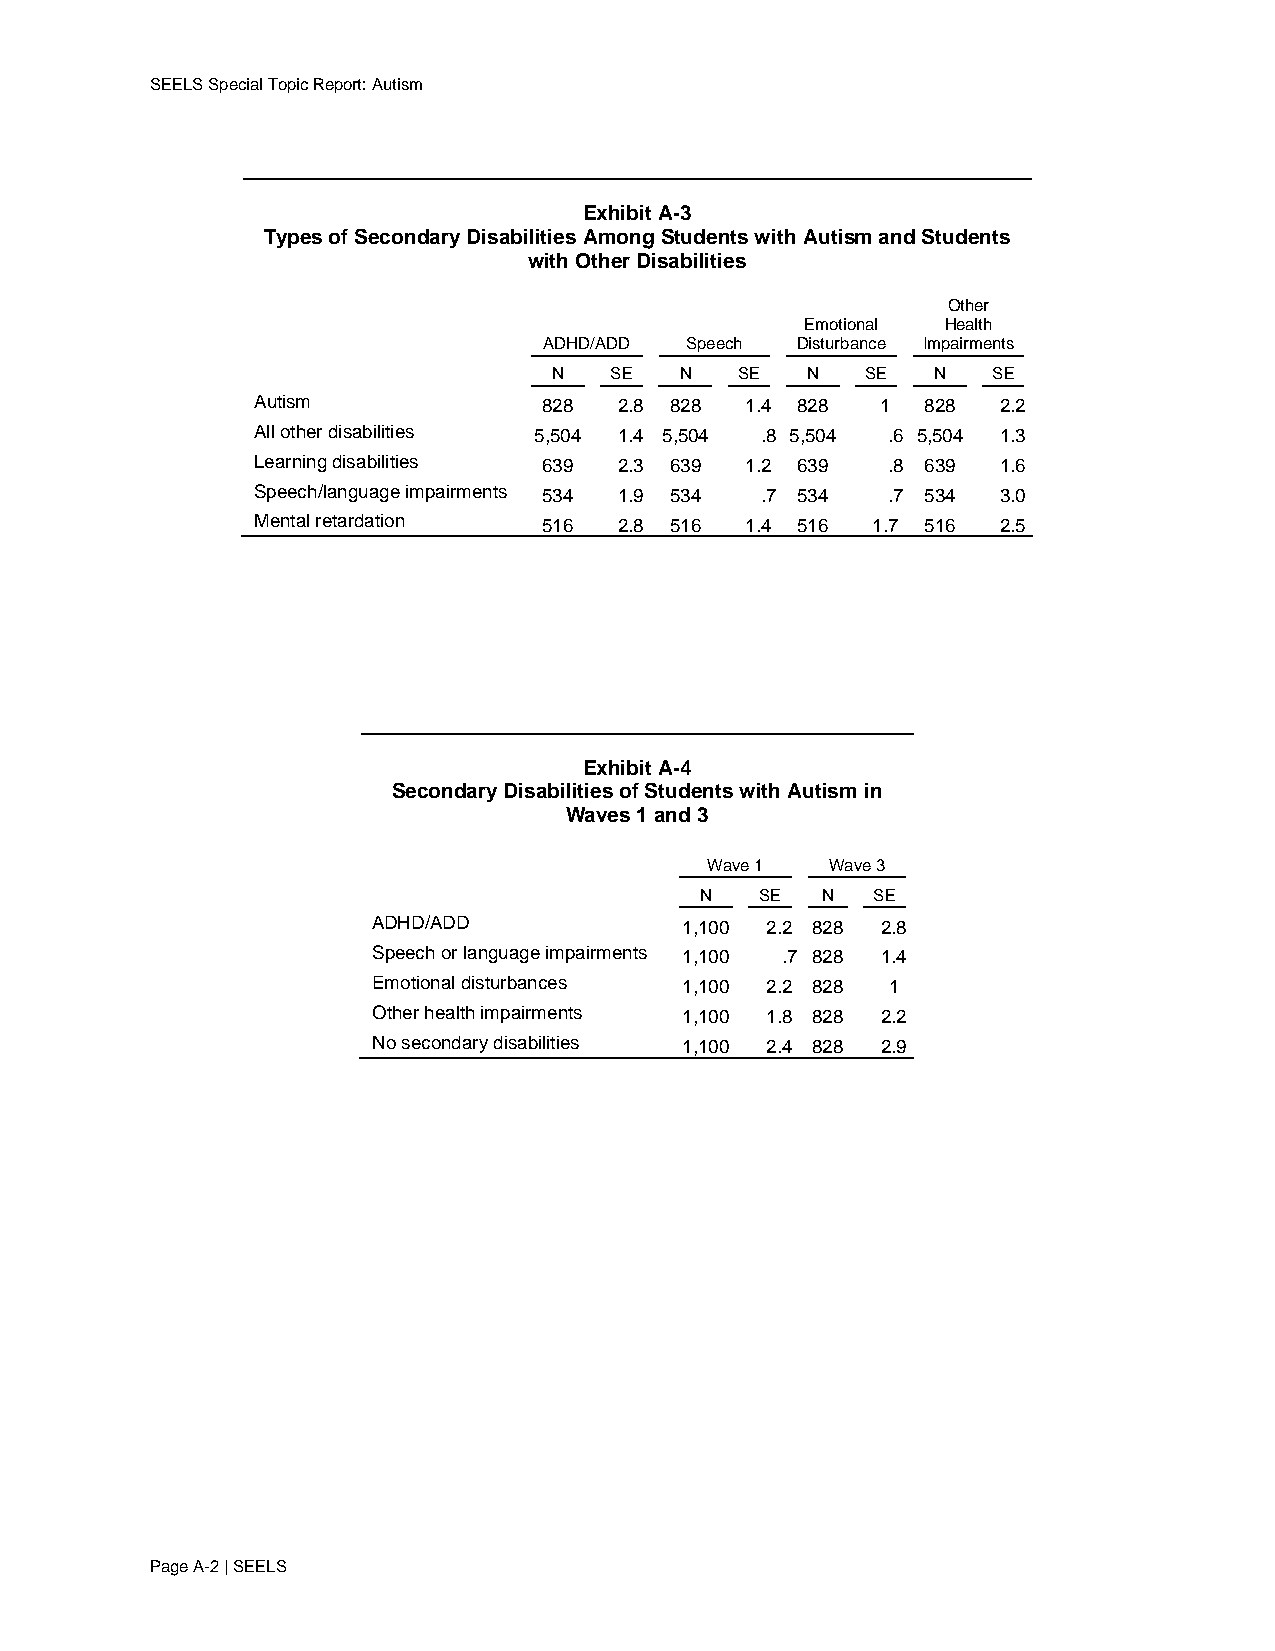
SEELS Special Topic Report: Autism
 Exhibit A-3
 Types of Secondary Disabilities Among Students with Autism and Students
 with Other Disabilities
 Other
 Emotional Health
 ADHD/ADD Speech  Disturbance Impairments
 N  SE   N   SE  N   SE   N   SE
 Autism             828  2.8 828 1.4 828  1  828  2.2
 All other disabilities 5,504 1.4 5,504 .8 5,504 .6 5,504 1.3
 Learning disabilities 639 2.3 639 1.2 639 .8 639 1.6
 Speech/language impairments 534 1.9 534 .7 534 .7 534 3.0
 Mental retardation 516  2.8 516 1.4 516  1.7 516 2.5
 Exhibit A-4
 Secondary Disabilities of Students with Autism in
 Waves 1 and 3
 Wave 1  Wave 3
 N   SE  N   SE
 ADHD/ADD            1,100 2.2 828 2.8
 Speech or language impairments 1,100 .7 828 1.4
 Emotional disturbances 1,100 2.2 828 1
 Other health impairments 1,100 1.8 828 2.2
 No secondary disabilities 1,100 2.4 828 2.9
 Page A-2 | SEELS